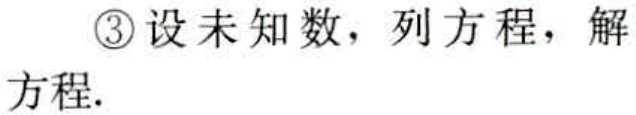
\textcircled{3}设未知数，列方程，解方程.